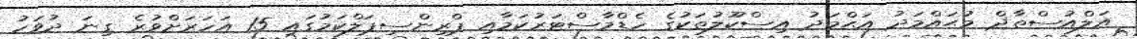
އަލްއުސްތާޛް މުޙައްމަދު އަޙްމަދު އިސްކޫލުތަކުގެ ހެޑްމާސްޓަރުކަމާއި ޕްރިންސިޕަލްކަމުގައި 15 އަހަރަށްވުރެ ގިނަ ދުވަހު